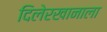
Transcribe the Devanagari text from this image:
दिलेरखानाला